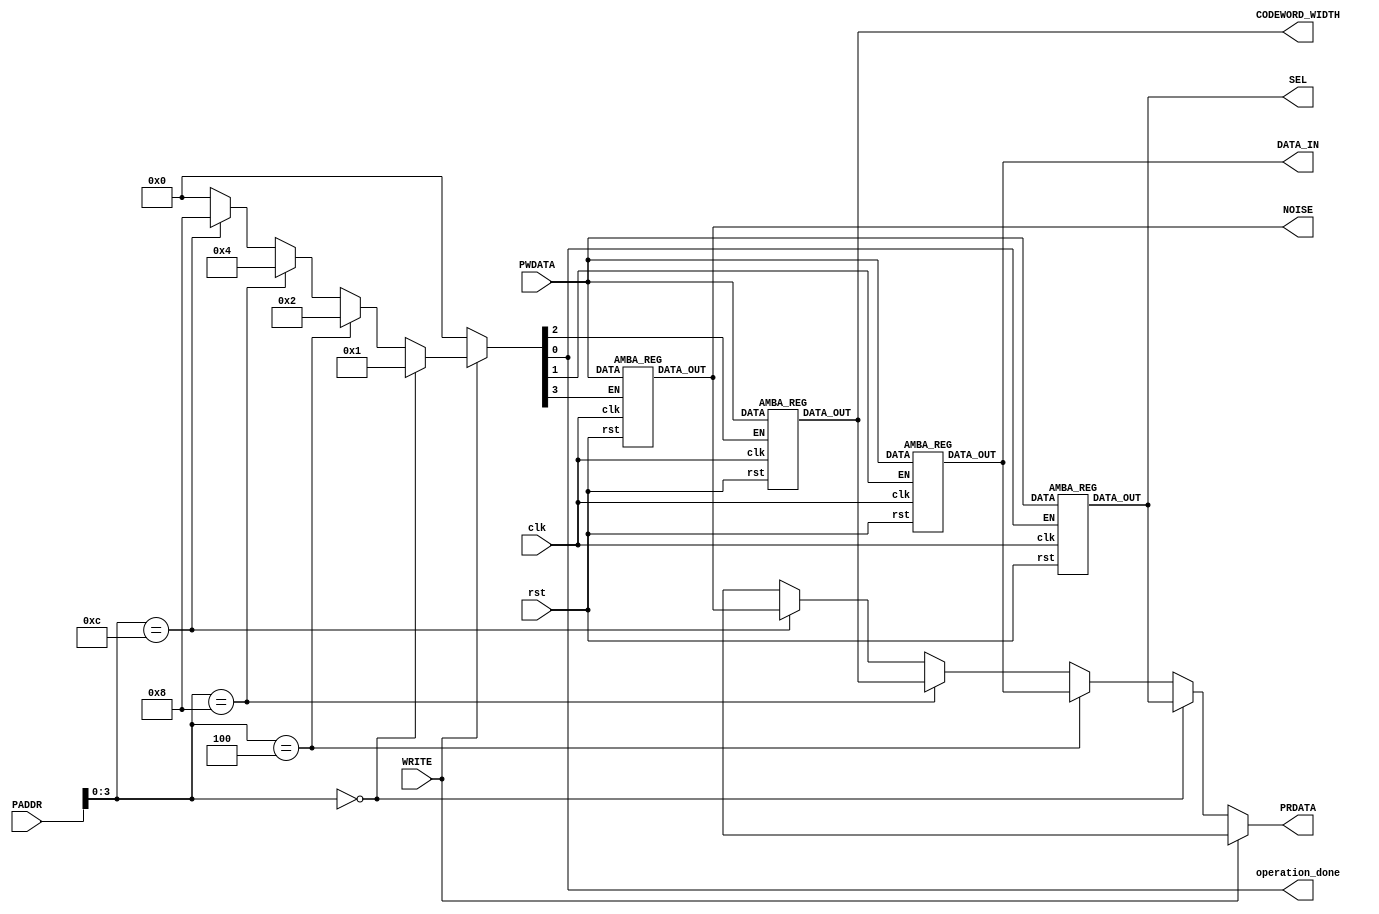
//
// Created:
//          by - OR DAHAN & YOSSI BODEK
//
// time scaling for simulations
//
`resetall
`timescale 1ns/10ps

module REG_BANK
  //PARAMETERS declaration
#( parameter AMBA_WORD=32,
   parameter AMBA_ADDR_WIDTH=20)
   //I/O PORT DECLARTION
(
  input wire clk,
  input wire rst,
  //input wire acs,
  input wire [AMBA_ADDR_WIDTH-1:0] PADDR, // address of the required register
  input wire [AMBA_WORD-1:0] PWDATA, // writing data
  input wire WRITE,// write or read enabler
  //input wire READ,
  output reg [AMBA_WORD-1:0] PRDATA, // read data to the bus line
  output wire[AMBA_WORD-1:0] SEL,//spreads out the opration to do
  output wire [AMBA_WORD-1:0] DATA_IN, // data to send out to the system
  output wire [AMBA_WORD-1:0] CODEWORD_WIDTH, // codeword width register output
  output wire operation_done, // a valid bit which tells us if the operation is done
  output wire [AMBA_WORD-1:0] NOISE // noise that is being added to encoded words
  );
  //INTERNAL WIRES DECLARATION
  reg [3:0] EN; // a line used to send enables to diffrent registers
  //MODULE CONNECTIONS  
  // control register declaration
  AMBA_REG ctrl   (.DATA(PWDATA[AMBA_WORD-1:0]),.clk(clk),.rst(rst),.EN(EN[0]),.DATA_OUT(SEL[AMBA_WORD-1:0]));
  // data in register declaration
  AMBA_REG datain (.DATA(PWDATA[AMBA_WORD-1:0]),.clk(clk),.rst(rst),.EN(EN[1]),.DATA_OUT(DATA_IN[AMBA_WORD-1:0]));
  // code word register declaration
  AMBA_REG codewordwidth (.DATA(PWDATA[AMBA_WORD-1:0]),.clk(clk),.rst(rst),.EN(EN[2]),.DATA_OUT(CODEWORD_WIDTH[AMBA_WORD-1:0]));
  // noise register declaration
  AMBA_REG noise  (.DATA(PWDATA[AMBA_WORD-1:0]),.clk(clk),.rst(rst),.EN(EN[3]),.DATA_OUT(NOISE[AMBA_WORD-1:0]));
  
  //assigning
  assign operation_done = EN[0];
  //enalbe mux selector this part tells us which register we should enable for both reading and writing
always @ (*)
  begin :BANK_REG_LOGIC

     if ( WRITE)   // if in access state and write mode
    begin
      PRDATA='bx;
      if(PADDR[3:0]==4'h0)
      EN=4'b0001;
      else if(PADDR[3:0]==4'h4)
      EN=4'b0010;
      else if(PADDR[3:0]==4'h8)
      EN=4'b0100;
      else if(PADDR[3:0]==4'hC)
      EN=4'b1000;
      else
      EN=4'b0000;
    end
    // read section
    else if( ~WRITE)  // if in access state and read mode
    begin
      EN=4'b0000;
      if(PADDR[3:0]==4'h0)
      PRDATA=SEL;
      else if(PADDR[3:0]==4'h4)
      PRDATA=DATA_IN;
      else if(PADDR[3:0]==4'h8)
      PRDATA=CODEWORD_WIDTH;
      else if(PADDR[3:0]==4'hC)
      PRDATA=NOISE; 
      else 
      PRDATA='bx;
    end
    else
    begin
   EN=4'b0000; 
   PRDATA='bx;
 end 
  end
endmodule

// generic register made for our purpose 
module AMBA_REG
    //PARAMETERS
#(parameter AMBA_WORD=32)
(input wire [AMBA_WORD-1:0] DATA,
input wire clk,
input wire rst,
input wire EN,
output reg [AMBA_WORD-1:0] DATA_OUT);
  always @ (posedge clk or negedge rst)
  begin :REG_LOGIC
    if(~rst)
    begin
    DATA_OUT<= 0;
    end
    else if(EN==1'b1)
    begin
    DATA_OUT<=DATA;
    end
   
  end
endmodule